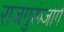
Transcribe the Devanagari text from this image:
राजगुरूंजोगे